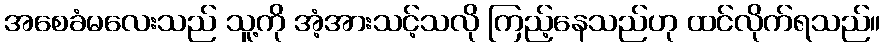
အစေခံမလေးသည် သူ့ကို အံ့အားသင့်သလို ကြည့်နေသည်ဟု ထင်လိုက်ရသည်။